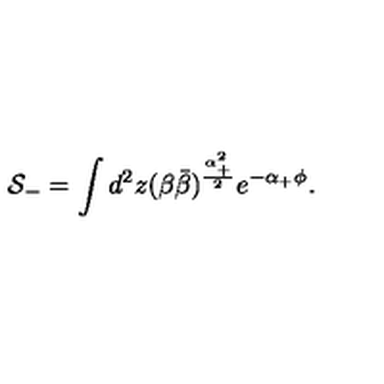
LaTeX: { \cal S } _ { - } = \int d ^ { 2 } z ( \beta \bar { \beta } ) ^ { \frac { \alpha _ { + } ^ { 2 } } { 2 } } e ^ { - \alpha _ { + } \phi } .